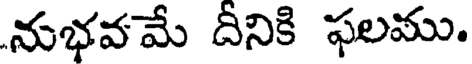
నుభవమే దీనికి ఫలము.